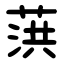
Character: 葓